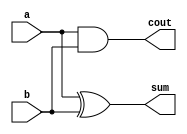
module ha(a, b , sum, cout);
input a, b;
output sum, cout;

//method 1
//assign {cout, sum} = a + b;

//method 2
and u1 (cout, a, b);
xor u2 (sum, a, b);

endmodule